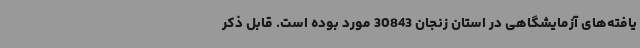
یافته‌های آزمایشگاهی در استان زنجان 30843 مورد بوده است. قابل ذکر